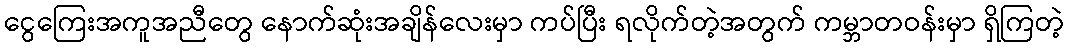
ငွေကြေးအကူအညီတွေ နောက်ဆုံးအချိန်လေးမှာ ကပ်ပြီး ရလိုက်တဲ့အတွက် ကမ္ဘာတဝန်းမှာ ရှိကြတဲ့